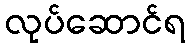
လုပ်ဆောင်ရ